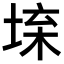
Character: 𡍕